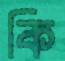
কি